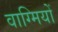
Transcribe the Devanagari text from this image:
वाग्मियों